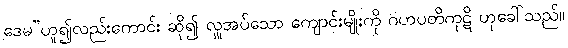
ဒေမ”ဟူ၍လည်းကောင်း ဆို၍ လှူအပ်သော ကျောင်းမျိုးကို ဂဟပတိကုဋိ ဟုခေါ်သည်။